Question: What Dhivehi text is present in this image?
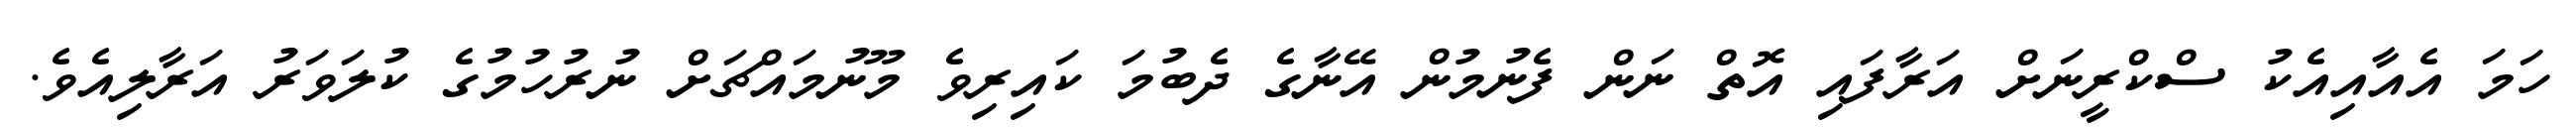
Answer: ހަމަ އެއާއިއެކު ސްކްރީނަށް އަރާފައި އޮތް ނަން ފެނުމުން އޭނާގެ ދެބުމަ ކައިރިވެ މޫނުމައްޗަށް ނުރުހުމުގެ ކުލަވަރު އަރާލިއެވެ.